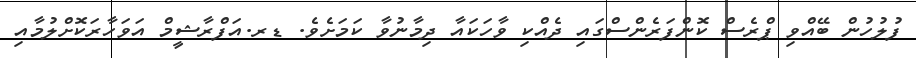
ފުލުހުން ބޭއްވި ޕްރެސް ކޮންފަރެންސްގައި ދެއްކި ވާހަކައާ ދިމާނުވާ ކަަމަށެވެ. ޑރ.އަފްރާޝީމް އަވަހާރަކޮށްލުމާއި